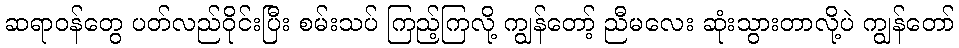
ဆရာဝန်တွေ ပတ်လည်ဝိုင်းပြီး စမ်းသပ် ကြည့်ကြလို့ ကျွန်တော့် ညီမလေး ဆုံးသွားတာလို့ပဲ ကျွန်တော်